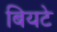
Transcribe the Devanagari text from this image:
बियटे